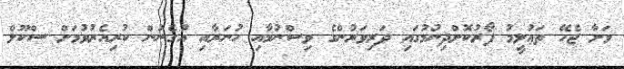
ވަށާ ޖެހޭ ތަޢުލީމު ފޯރުކޮށްދިނުމުގައި ދަރިވަރުންގެ ވިސްނުމާއި ހުނަރާއި އުގެނުން ކުރިއެރުވުމަށް ސްކޫލް